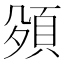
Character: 𮨅